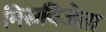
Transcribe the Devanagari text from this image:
मिस्रविजेता